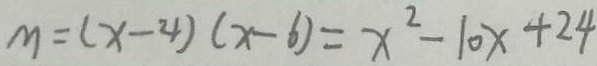
M = ( x - 4 ) ( x - 6 ) = x ^ { 2 } - 1 0 x + 2 4